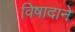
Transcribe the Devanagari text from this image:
विषादाने